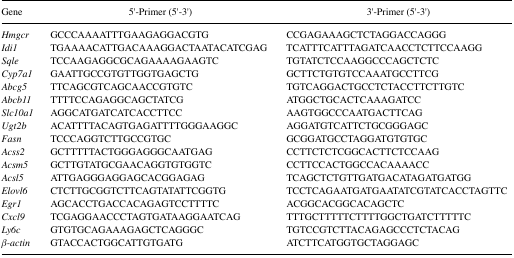
| Gene | 5′-Primer (5′–3′) | 3′-Primer (5′–3′) |
 | --- | --- | --- |
 | Hmgcr | GCCCAAAATTTGAAGAGGACGTG | CCGAGAAAGCTCTAGGACCAGGG |
 | Idi1 | TGAAAACATTGACAAAGGACTAATACATCGAG | TCATTTCATTTAGATCAACCTCTTCCAAGG |
 | Sqle | TCCAAGAGGCGCAGAAAAGAAGTC | TGTATCTCCAAGGCCCAGCTCTC |
 | Cyp7a1 | GAATTGCCGTGTTGGTGAGCTG | GCTTCTGTGTCCAAATGCCTTCG |
 | Abcg5 | TTCAGCGTCAGCAACCGTGTC | TGTCAGGACTGCCTCTACCTTCTTGTC |
 | Abcb11 | TTTTCCAGAGGCAGCTATCG | ATGGCTGCACTCAAAGATCC |
 | Slc10a1 | AGGCATGATCATCACCTTCC | AAGTGGCCCAATGACTTCAG |
 | Ugt2b | ACATTTTACAGTGAGATTTTGGGAAGGC | AGGATGTCATTCTGCGGGAGC |
 | Fasn | TCCCAGGTCTTGCCGTGC | GCGGATGCCTAGGATGTGTGC |
 | Acss2 | GCTTTTTACTGGGAGGGCAATGAG | CCTTCTCTCGGCACTTCTCCAAG |
 | Acsm5 | GCTTGTATGCGAACAGGTGTGGTC | CCTTCCACTGGCCACAAAACC |
 | Acsl5 | ATTGAGGGAGGAGCACGGAGAG | TCAGCTCTGTTGATGACATAGATGATGG |
 | Elovl6 | CTCTTGCGGTCTTCAGTATATTCGGTG | TCCTCAGAATGATGAATATCGTATCACCTAGTTC |
 | Egr1 | AGCACCTGACCACAGAGTCCTTTTC | ACGGCACGGCACAGCTC |
 | Cxcl9 | TCGAGGAACCCTAGTGATAAGGAATCAG | TTTGCTTTTTCTTTTGGCTGATCTTTTTC |
 | Ly6c | GTGTGCAGAAAGAGCTCAGGGC | TGTCCGTCTTACAGAGCCCTCTACAG |
 | β-actin | GTACCACTGGCATTGTGATG | ATCTTCATGGTGCTAGGAGC |